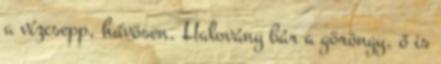
a vízcsepp, hűvösen. Halovány bár a göröngy, ő is